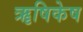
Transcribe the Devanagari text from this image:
ॠषिकेष